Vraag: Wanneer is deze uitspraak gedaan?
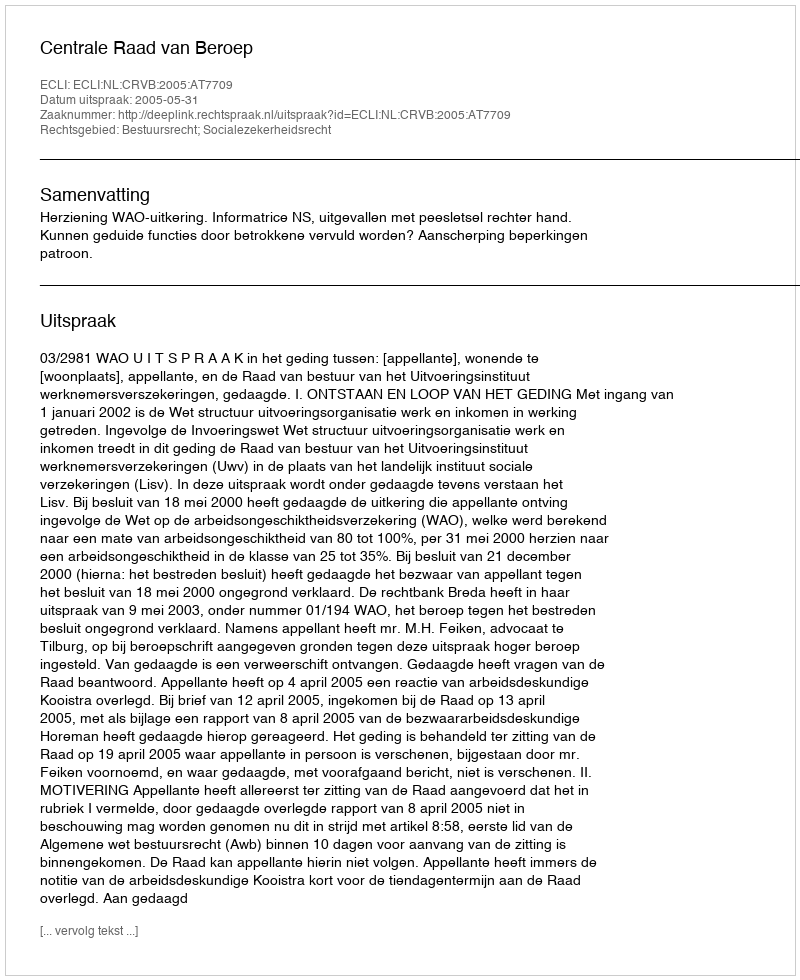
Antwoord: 2005-05-31